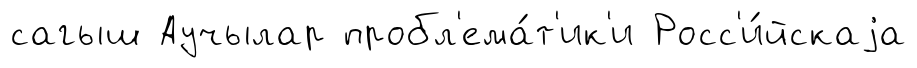
сагыш Аучылар пробл'ема́т'ик'и Росс'и́йскаjа